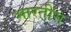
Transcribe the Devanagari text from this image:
भारतीस